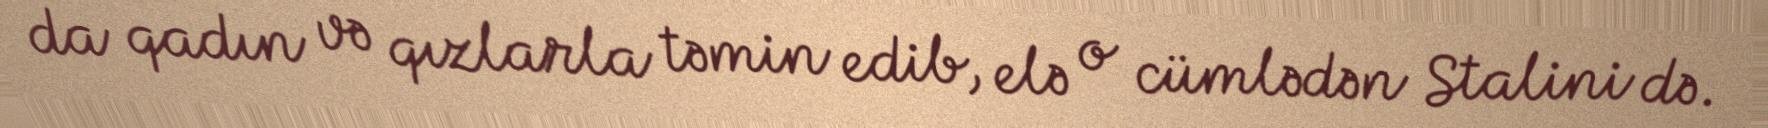
da qadın və qızlarla təmin edib, elə o cümlədən Stalini də.